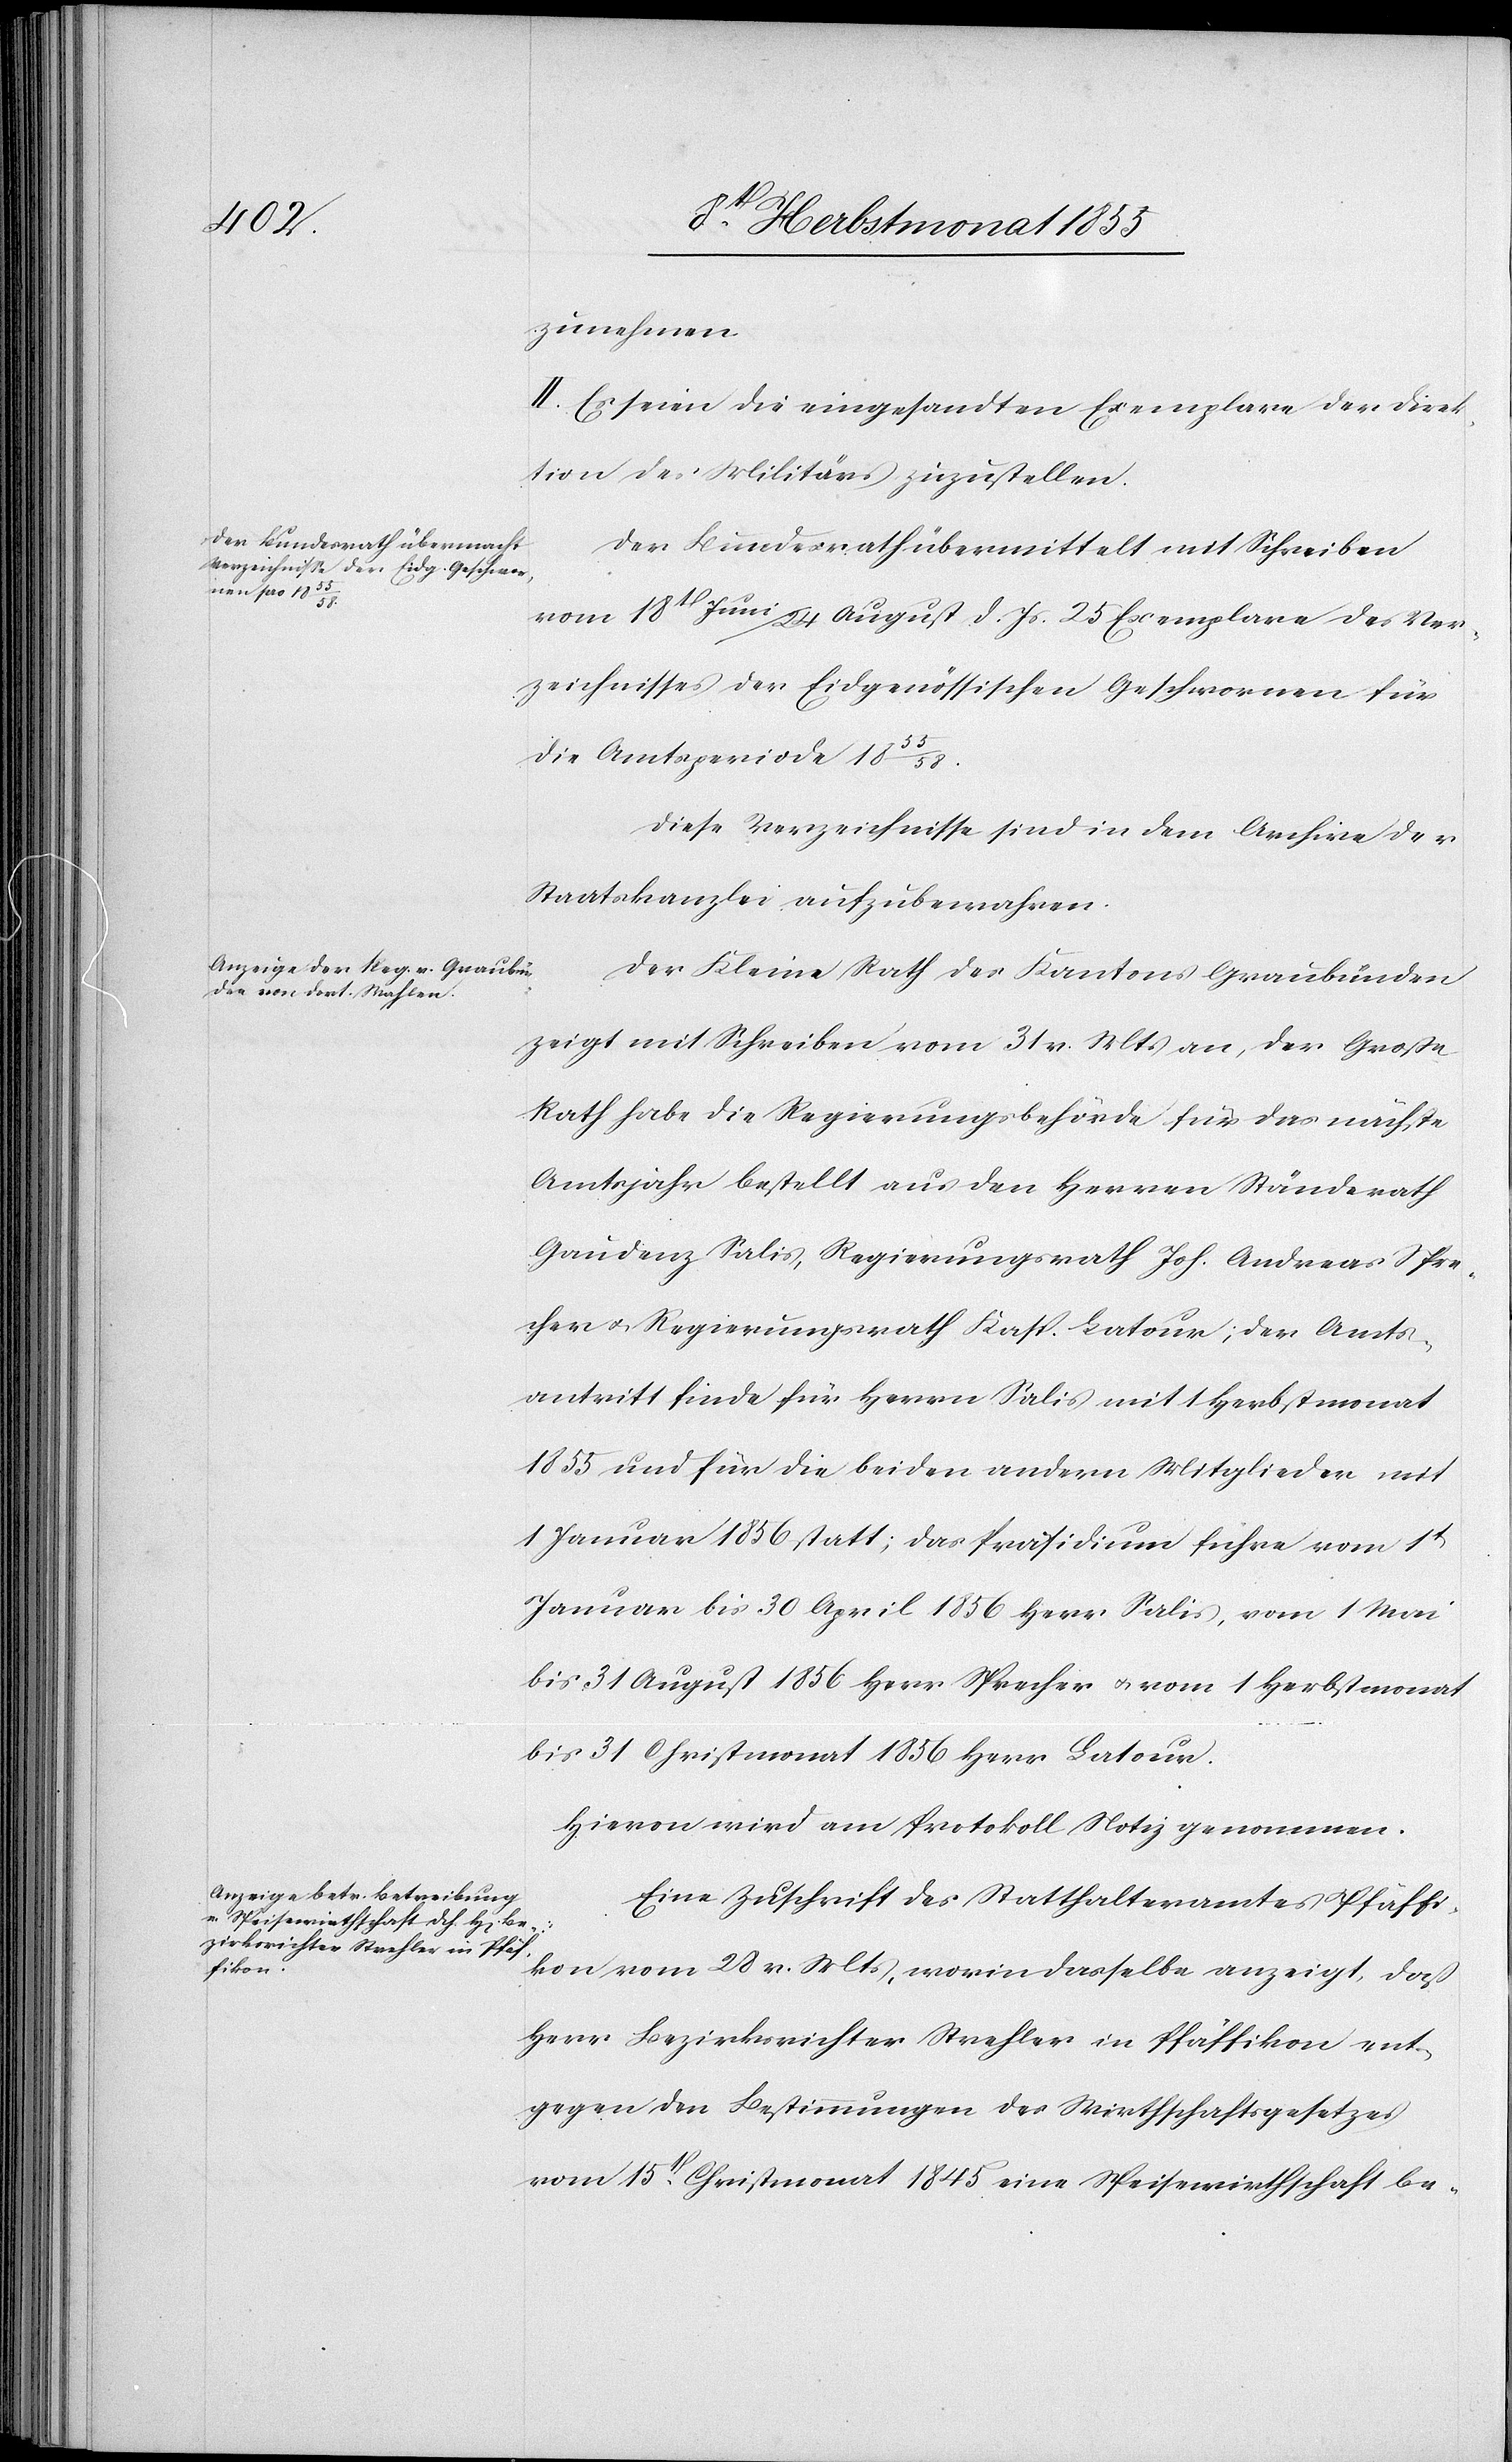
zunehmen.
II. Es seien die eingesandten Exemplare der Direk¬
tion des Militärs zuzustellen.
Der Bundesrath übermittelt mit Schreiben
vom 18t Juni / 24 August d. Js. 25 Exemplare des Ver¬
zeichnisses der Eidgenössischen Geschwornen für
die Amtsperiode 1855/58.
Diese Verzeichnisse sind in dem Archive der
Staatskanzlei aufzubewahren.
Der Kleine Rath des Kantons Graubünden
zeigt mit Schreiben vom 31 v. Mts an, der Große
Rath habe die Regierungsbehörde für das nächste
Amtsjahr bestellt aus den Herren Ständerath
Gaudenz Salis, Regierungsrath Joh. Andreas Spre¬
cher & Regierungsrath Kasp. Latour; der Amts¬
antritt finde für Herrn Salis mit 1 Herbstmonat
1855 und für die beiden andern Mitglieder mit
1 Januar 1856 statt; das Präsidium führe vom 1t
Januar bis 30 April 1856 Herr Salis, vom 1 Mai
bis 31 August 1856 Herr Sprecher & vom 1 Herbstmonat
bis 31 Christmonat 1856 Herr Latour.
Hievon wird am Protokoll Notiz genommen.
Eine Zuschrift des Statthalteramtes Pfäffi¬
kon vom 28 v. Mts, worin dasselbe anzeigt, daß
Herr Bezirksrichter Strehler in Pfäffikon ent¬
gegen den Bestimmungen des Wirthschaftsgesetzes
vom 15t. Christmonat 1845 eine Speisewirthschaft be-